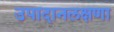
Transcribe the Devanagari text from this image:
उपादानलक्षणा